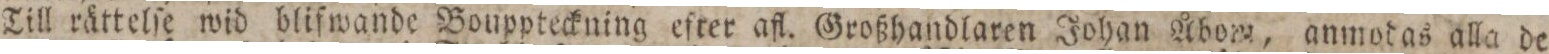
Till rättelſe wid blifwande Bouppteckning efter afl. Großhandlaren Johan Åbom, anmodas alla de